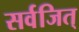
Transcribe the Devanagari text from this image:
सर्वजित्